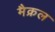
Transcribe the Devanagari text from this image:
मैक्रल